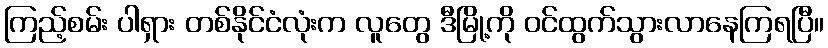
ကြည့်စမ်း ပါရှား တစ်နိုင်ငံလုံးက လူတွေ ဒီမြို့ကို ဝင်ထွက်သွားလာနေကြရပြီ။